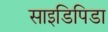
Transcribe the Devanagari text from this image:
साइडिपिडा